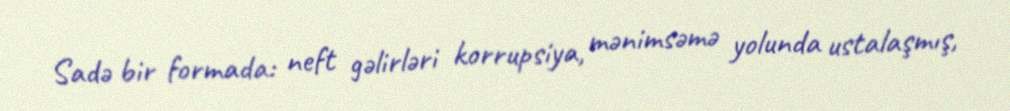
Sadə bir formada: neft gəlirləri korrupsiya, mənimsəmə yolunda ustalaşmış,